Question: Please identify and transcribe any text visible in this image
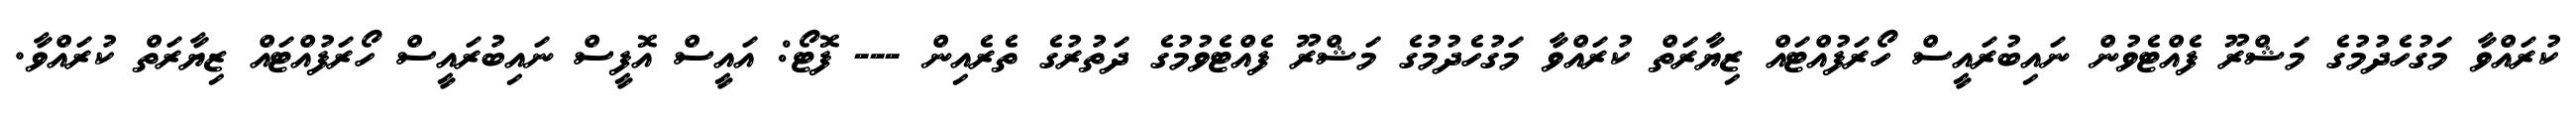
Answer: ކުރައްވާ މަގުހެދުމުގެ މަޝްރޫ ފެއްޓެވުން ނައިބުރައީސް ހޯރަފުއްޓައް ޒިޔާރަތް ކުރައްވާ މަގުހެދުމުގެ މަޝްރޫ ފެއްޓެވުމުގެ ދަތުރުގެ ތެރެއިން --- ފޮޓޯ: އައީސް އޮފީސް ނައިބުރައީސް ހޯރަފުއްޓައް ޒިޔާރަތް ކުރައްވާ.